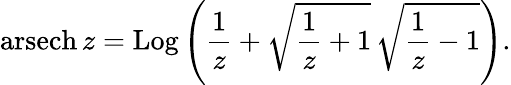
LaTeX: \operatorname{arsech}z=\operatorname{Log}\left({\frac{1}{z}}+{\sqrt{{\frac{1}{z}}+1}}\, {\sqrt{{\frac{1}{z}}-1}}\right).